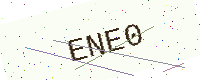
Text: ENE0